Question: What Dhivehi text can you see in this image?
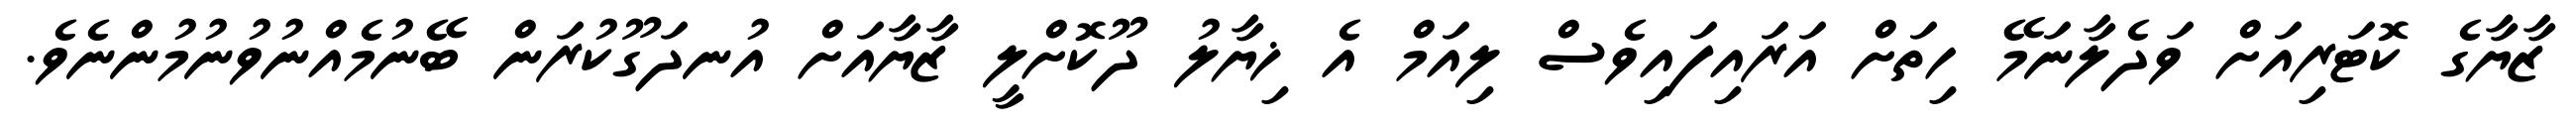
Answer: ޒާޔާގެ ކޮޓަރިއަށް ވަދެލާނަމޭ ހިތަށް އަރައިފައިވެސް ލިއަމް އެ ޚިޔާލު ދޫކޮށްލީ ޒާޔާއަށް އުނދަގޫކުރަން ބޭނުމެއްނުވުނުމުންނެވެ.